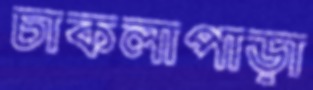
চাকলাপাড়া